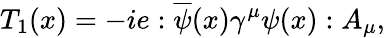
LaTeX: T_{1}(x)=-ie:\overline{{{\psi}}}(x)\gamma^{\mu}\psi(x):A_{\mu},